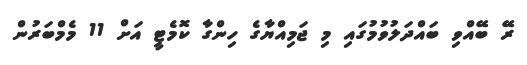
ރޭ ބޭއްވި ބައްދަލުވުމުގައި މި ޖަމިއްޔާގެ ހިންގާ ކޮމެޓީ އަށް 11 މެމްބަރުން